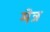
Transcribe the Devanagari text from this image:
मेन्न